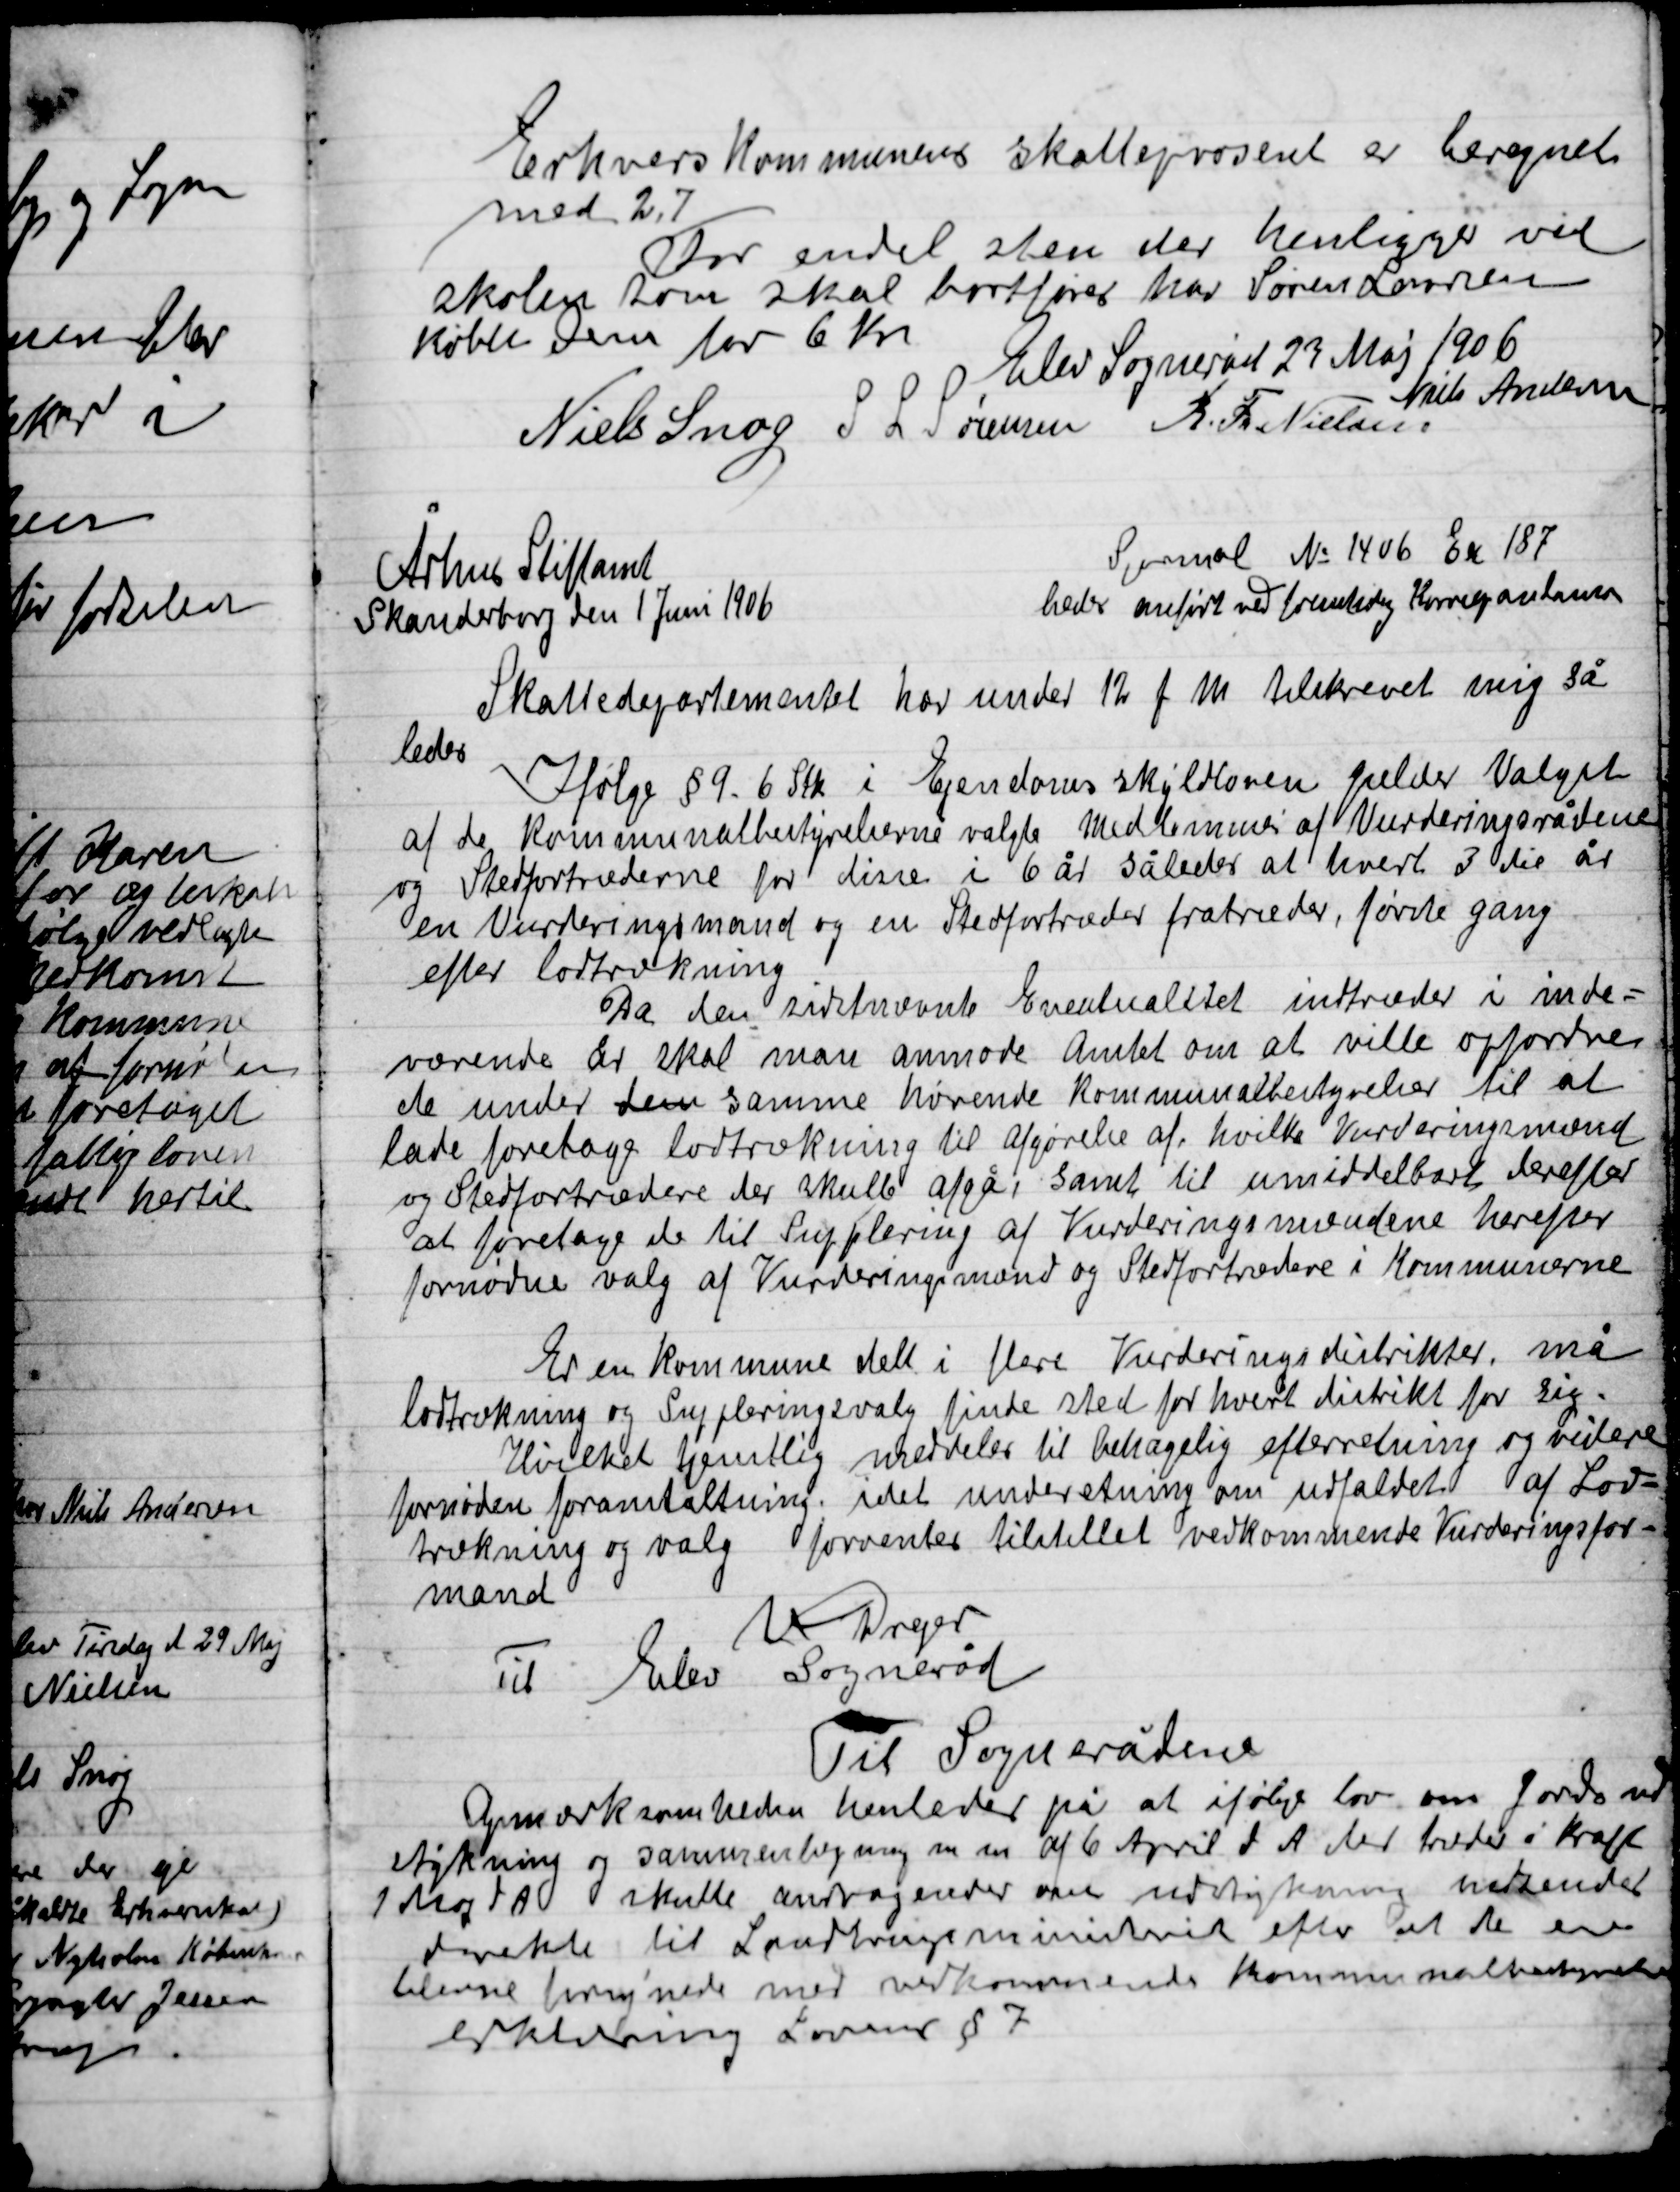
Transskription:
Erhvervskommunen Skatteprocent  er beregnet
Med 2,7
For endel sten der henligger ved
skolen som skal bortføres har Søren Sørensen
købt Dem for 6 Kr.

Elev Sogneråd 23 Maj 1906

Niels Andersen
Niels Snog
S. L. Sørensen
R. Th. Nielsen

Århus Stifts amt
Journal No. 1406 Er 187
Skanderborg den 1 juni 1906
beder anført ved formlidig Herregavlamen
Skattedepartementet har under 12 f. m. tilskrevet mig så-
ledes
Ifølge § 9. 6 Stk. I Ejendomsskyldloven gælder Valget
af de Kommunalbestyrelserne valgte medlemmer af vurderingsrådene
og Stedfortræderne for disse i 6 år således at hvert 3die år
en Vurderingsmand og en Stedfortræder fratræder, første gang
efter lodtrækning.
Da den sidstnævnte Eventuelt indtræder i inde-
værende År skal man anmode Amtet om at ville opfordre
de under den samme hørende Kommunalbestyrelse til at
lade foretage lodtrækning til afgørelse af, hvilke Vurderingsmænd
og Stedfortrædere der skulle afgå, samt til umiddelbart derefter
at foretage de til Supplering af Vurderingsmændene herefter
fornødne valg af Vurderingsmænd og Stedfortrædere i Kommunerne.
Er en Kommune delt i flere Vurderings distrikter må
lodtrækning og Suppleringsvalg finde sted for hvert distrikt for sig.
Hvilket tjenstlig meddeler til behagelig efterretning og videre
fornøden foranstaltning idet underretning om udfaldet af lod-
trækning og valg forventer tilstillet vedkommende Vurderingsfor-
mand
V. Drejer
Til Elev Sogneråd

Til Sognerådene
Opmærksomheden henledes på at ifølge lov om Jordud-
stykning og sammenlægning m.m. af 6 April d. A. der træder i kraft
1 Maj d. A. andragender om udstykning indsendes
direkte til Landbrugsministeriet efter at de er
 med vedkommende Kommunalbestyrelse
erklæring Loven § 7